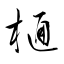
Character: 樋